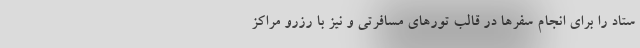
ستاد را برای انجام سفرها در قالب تورهای مسافرتی و نیز با رزرو مراکز